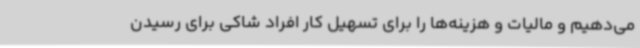
می‌دهیم و مالیات و هزینه‌ها را برای تسهیل کار افراد شاکی برای رسیدن